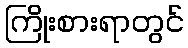
ကြိုးစားရာတွင်